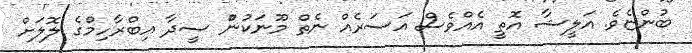
ބުންޏެވެ. އަލީޝާ އޮތީ އެއްވެސް އަސަރެއް ނެތް މޫނަކުންް ސީދާ އިބްރާހިމްގެ ލޮލަށް